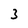
Character: 3